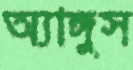
অ্যাঙ্গুস